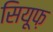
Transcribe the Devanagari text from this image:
सियूफ़